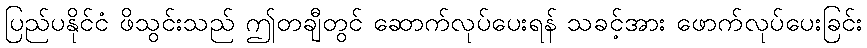
ပြည်ပနိုင်ငံ ဖိသွင်းသည် ဤတချီတွင် ဆောက်လုပ်ပေးရန် သခင့်အား ဖောက်လုပ်ပေးခြင်း